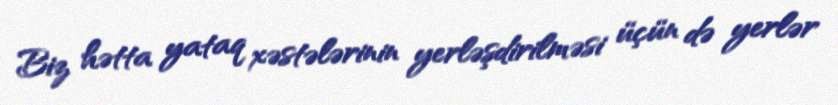
Biz hətta yataq xəstələrinin yerləşdirilməsi üçün də yerlər